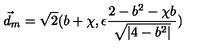
\vec { d } _ { m } = \sqrt { 2 } ( b + \chi , \epsilon \frac { 2 - b ^ { 2 } - \chi b } { \sqrt { | 4 - b ^ { 2 } | } } )